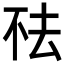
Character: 𬻛